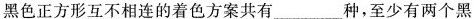
黑色正方形互不相连的着色方案共有___种，至少有两个黑